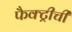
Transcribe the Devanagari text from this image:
फैक्ट्रीची